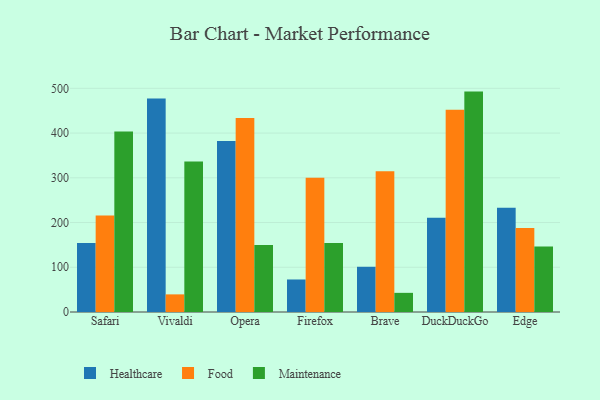
{"axis": {"x": "Browser", "y": "Gross Profit (USD K)"}, "legend": ["Food", "Healthcare", "Maintenance"], "data": [{"x": "Safari", "y": 154.0, "type": "Healthcare"}, {"x": "Safari", "y": 216.0, "type": "Food"}, {"x": "Safari", "y": 403.3, "type": "Maintenance"}, {"x": "Vivaldi", "y": 477.5, "type": "Healthcare"}, {"x": "Vivaldi", "y": 39.4, "type": "Food"}, {"x": "Vivaldi", "y": 336.3, "type": "Maintenance"}, {"x": "Opera", "y": 382.3, "type": "Healthcare"}, {"x": "Opera", "y": 433.9, "type": "Food"}, {"x": "Opera", "y": 149.5, "type": "Maintenance"}, {"x": "Firefox", "y": 72.7, "type": "Healthcare"}, {"x": "Firefox", "y": 300.3, "type": "Food"}, {"x": "Firefox", "y": 154.5, "type": "Maintenance"}, {"x": "Brave", "y": 101.1, "type": "Healthcare"}, {"x": "Brave", "y": 314.8, "type": "Food"}, {"x": "Brave", "y": 42.8, "type": "Maintenance"}, {"x": "DuckDuckGo", "y": 210.5, "type": "Healthcare"}, {"x": "DuckDuckGo", "y": 452.4, "type": "Food"}, {"x": "DuckDuckGo", "y": 492.7, "type": "Maintenance"}, {"x": "Edge", "y": 232.8, "type": "Healthcare"}, {"x": "Edge", "y": 187.6, "type": "Food"}, {"x": "Edge", "y": 146.4, "type": "Maintenance"}]}